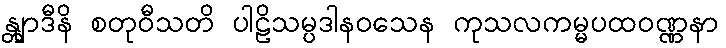
န္တျာဒီနိ စတုဝီသတိ ပါဠိသမ္ပဒါနဝသေန ကုသလကမ္မပထဝဏ္ဏနာ